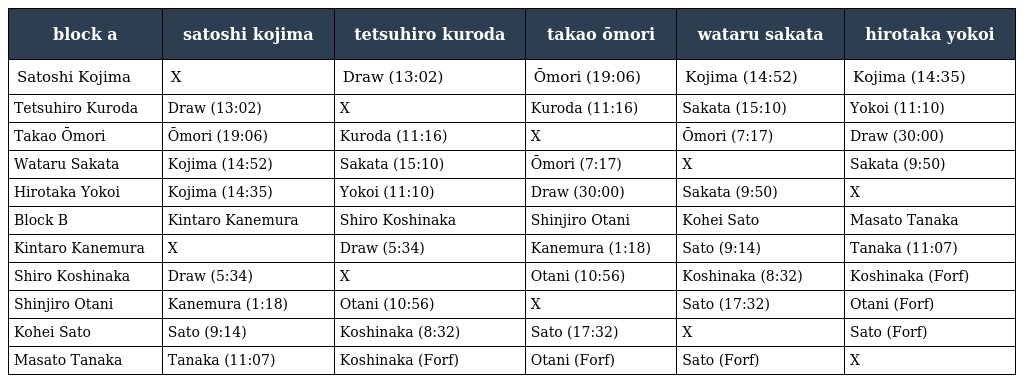
| block a | satoshi kojima | tetsuhiro kuroda | takao ōmori | wataru sakata | hirotaka yokoi |
 | --- | --- | --- | --- | --- | --- |
 | Satoshi Kojima | X | Draw (13:02) | Ōmori (19:06) | Kojima (14:52) | Kojima (14:35) |
 | Tetsuhiro Kuroda | Draw (13:02) | X | Kuroda (11:16) | Sakata (15:10) | Yokoi (11:10) |
 | Takao Ōmori | Ōmori (19:06) | Kuroda (11:16) | X | Ōmori (7:17) | Draw (30:00) |
 | Wataru Sakata | Kojima (14:52) | Sakata (15:10) | Ōmori (7:17) | X | Sakata (9:50) |
 | Hirotaka Yokoi | Kojima (14:35) | Yokoi (11:10) | Draw (30:00) | Sakata (9:50) | X |
 | Block B | Kintaro Kanemura | Shiro Koshinaka | Shinjiro Otani | Kohei Sato | Masato Tanaka |
 | Kintaro Kanemura | X | Draw (5:34) | Kanemura (1:18) | Sato (9:14) | Tanaka (11:07) |
 | Shiro Koshinaka | Draw (5:34) | X | Otani (10:56) | Koshinaka (8:32) | Koshinaka (Forf) |
 | Shinjiro Otani | Kanemura (1:18) | Otani (10:56) | X | Sato (17:32) | Otani (Forf) |
 | Kohei Sato | Sato (9:14) | Koshinaka (8:32) | Sato (17:32) | X | Sato (Forf) |
 | Masato Tanaka | Tanaka (11:07) | Koshinaka (Forf) | Otani (Forf) | Sato (Forf) | X |